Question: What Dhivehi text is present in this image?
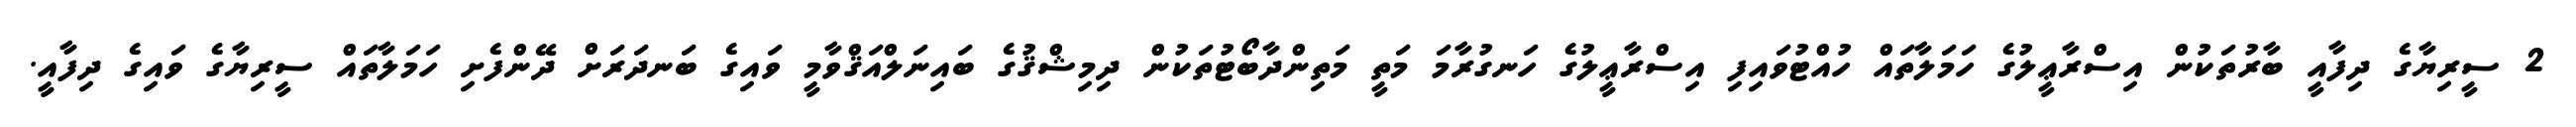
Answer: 2 ސީރިޔާގެ ދިފާއީ ބާރުތަކުން އިސްރާޢީލުގެ ހަމަލާތައް ހުއްޓުވައިފި އިސްރާޢީލުގެ ހަނގުރާމަ މަތީ މަތިންދާބޯޓުތަކުން ދިމިޝްޤުގެ ބައިނަލްއަޤްވާމީ ވައިގެ ބަނދަރަށް ދޭންފެށި ހަމަލާތައް ސީރިޔާގެ ވައިގެ ދިފާއީ.